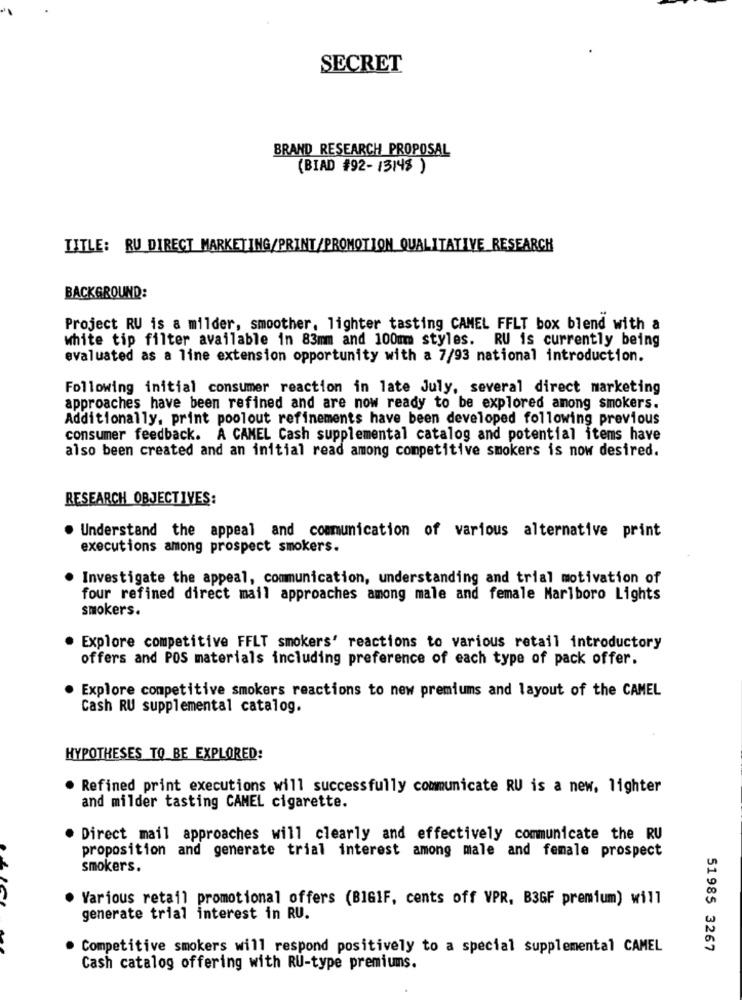
SECRET
BRAND RESEARCH PROPOSAL
(BIAD #92-13148)
TITLE: RU DIRECT MARKETING/PRINT/PROMOTION QUALITATIVE RESEARCH
BACKGROUND:
Project RU is a milder, smoother, lighter tasting CAMEL FFLT box blend with a
white tip filter available in 83mm and 100mm styles. RU is currently being
evaluated as a line extension opportunity with a 7/93 national introduction.
Following initial consumer reaction in late July, several direct marketing
approaches have been refined and are now ready to be explored among smokers.
Additionally, print poolout refinements have been developed following previous
consumer feedback. A CAMEL Cash supplemental catalog and potential items have
also been created and an initial read among competitive smokers is now desired.
RESEARCH OBJECTIVES:
Understand the appeal and communication of various alternative print
executions among prospect smokers.
Investigate the appeal, communication, understanding and trial motivation of
four refined direct mail approaches among male and female Marlboro Lights
smokers.
Explore competitive FFLT smokers' reactions to various retail introductory
offers and POS materials including preference of each type of pack offer.
Explore competitive smokers reactions to new premiums and layout of the CAMEL
Cash RU supplemental catalog.
HYPOTHESES TO BE EXPLORED:
· Refined print executions will successfully communicate RU is a new, lighter
and milder tasting CAMEL cigarette.
Direct mail approaches will clearly and effectively communicate the RU
proposition and generate trial interest among male and female prospect
smokers.
Various retail promotional offers (BIGIF, cents off VPR, B3GF premium) will
generate trial interest in RU.
Competitive smokers will respond positively to a special supplemental CAMEL
51985 3267
Cash catalog offering with RU-type premiums.